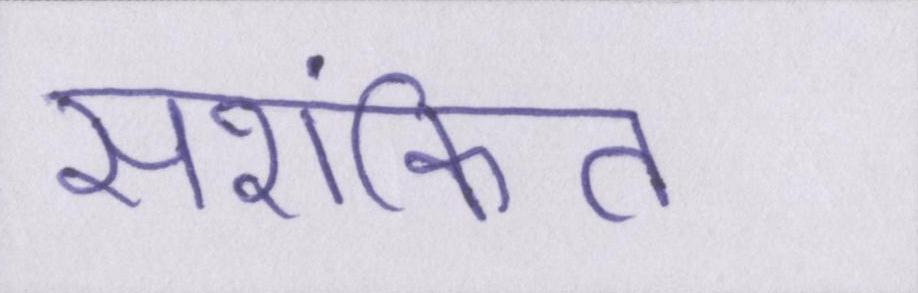
सशंकित